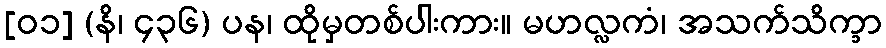
[၀၁] (နိ၊ ၄၃၆) ပန၊ ထိုမှတစ်ပါးကား။ မဟလ္လကံ၊ အသက်သိက္ခာ